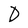
Character: D